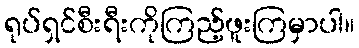
ရုပ်ရှင်စီးရီးကိုကြည့်ဖူးကြမှာပါ။